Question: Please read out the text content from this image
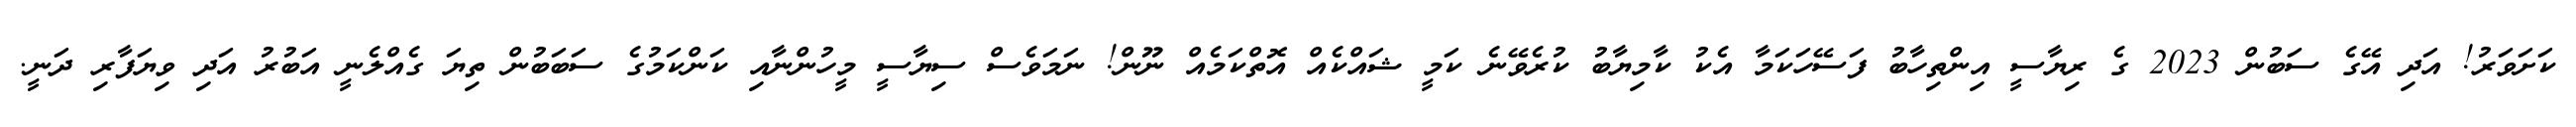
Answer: ކަށަވަރު! އަދި އޭގެ ސަބުން 2023 ގެ ރިޔާސީ އިންތިހާބު ފަސޭހަކަމާ އެކު ކާމިޔާބު ކުރެވޭނެ ކަމީ ޝައްކެއް އޮތްކަމެއް ނޫން! ނަމަވެސް ސިޔާސީ މީހުންނާއި ކަންކަމުގެ ސަބަބުން ތިޔަ ގެއްލެނީ އަބުރު އަދި ވިޔަފާރި ދަނީ.